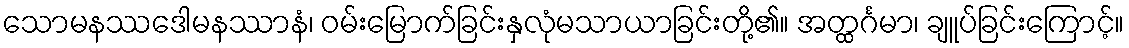
သောမနဿဒေါမနဿာနံ၊ ဝမ်းမြောက်ခြင်းနှလုံမသာယာခြင်းတို့၏။ အတ္ထင်္ဂမာ၊ ချူပ်ခြင်းကြောင့်။